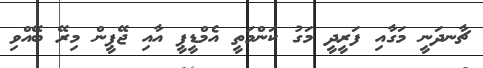
ޗާނދަނީ މަގާއި ފަރީދީ މަގު ކަންމަތީ އެމްޑީޕީ އާއި ޖޭޕީން މިރޭ ބޭއްވި